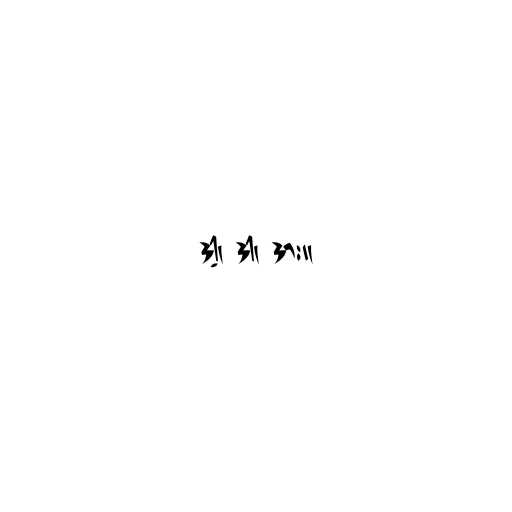
ဒါ့၊ ဒါ၊ ဒား။